Vaccination in Burma 1900-1911 - 1900-1911
Year: 1900
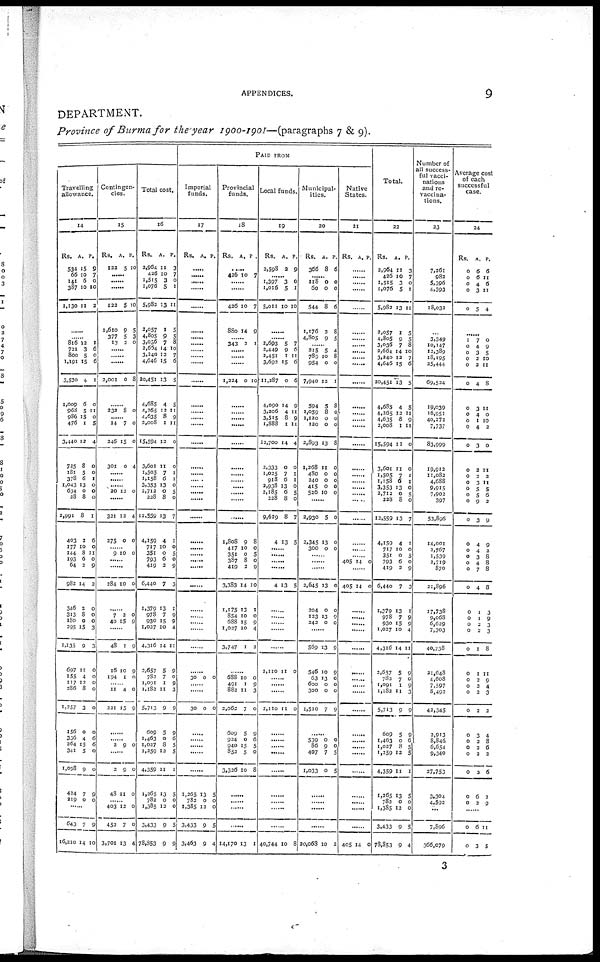
APPENDICES.
9
DEPARTMENT.
Province of Burma for the year 1900-1901—(paragraphs 7 & 9).
Travelling
allowance.
14
Rs.
534
66
141
387
1,130
A.
15
10
6
10
11
P.
0
7
0
10
2
......
......
816
721
800
1,191
3,530
1,009
968
986
476
3,440
725
181
378
1,043
634
28
2,991
403
177
144
193
64
982
346
313
180
295
1,135
697
155
117
286
1,257
156
336
264
341
1,098
424
219
12
3
5
15
4
6
5
15
1
12
8
5
6
13
0
8
8
2
10
8
6
2
14
2
8
0
15
9
11
4
12
8
3
0
4
15
5
9
7
0
1
6
0
6
1
0
11
0
5
4
0
0
1
0
0
0
1
6
0
11
0
9
2
0
0
0
3
3
0
0
0
0
0
0
6
6
0
0
9
0
......
643
16,210
7
14
9
10
Contingen-
cies.
15
Rs.
122
A.
5
P.
10
......
......
......
122
1,610
377
13
5
9
5
2
10
5
3
0
......
......
......
2,001 0 8
......
232 8 0
......
14
246
301
7
15
0
0
0
4
......
......
......
20 12 0
......
321
275
12
0
4
0
......
9 10 0
......
......
284 10 0
......
7
40
2
15
0
0
......
48
16
194
1
10
1
9
9
0
......
11
221
4
15
0
9
......
......
2 9 0
......
2
48
9
11
0
0
......
403
452
3,701
12
7
13
0
0
4
Total cost.
16
Rs.
2,964
426
1,515
1,076
5,982
2,057
4,805
3,036
2,664
3,240
4,646
20,451
4,685
4,265
4,635
2,008
15,594
3,601
1,505
1,158
3,353
2,712
228
12,559
4,159
717
351
793
419
6,440
1,379
978
930
1,027
4,316
2,657
782
1,091
1,182
5,713
609
1,463
1,027
1,259
4,359
1,265
782
1,385
3,433
78,853
A.
11
10
3
5
13
1
9
7
14
12
15
13
4
12
8
1
12
11
7
6
13
0
8
13
4
10
0
6
2
7
13
7
15
10
14
5
7
1
11
9
5
0
8
12
11
13
0
12
9
9
P.
3
7
0
1
11
5
5
8
10
7 6
5
5
11
9
11
0
0
1
1
0
5
0
7
1
0
5
0
9
3
1
9
9
4
11
9
0
9
3
9
9
6
5
5
1
5
0
0
5
9
PAID FROM
Imperial
funds.
17
Rs. A. P.
......
......
......
......
......
......
......
......
......
......
......
......
......
......
......
......
......
......
......
......
......
......
......
......
......
......
......
......
......
......
......
......
......
......
......
......
30 0 0
......
......
30 0 0
......
......
......
......
......
1,265
782
1,385
3,433
3,463
13
0
13
9
9
5
0
0
5
4
Provincial
funds.
18
Rs. A.
P.
......
426 10 7
......
......
426
880
10
14
7
9
......
343 2 1
......
......
......
1,224 0 10
......
......
......
......
......
......
......
......
......
......
......
......
1,808
417
351
387
419
3,383
1,175
854
688
1,027
3,747
9
10
0
8
2
14
13
10
15
10
1
8
0
5
0
9
10
1
0
9
4
2
......
688
491
882
2,062
609
924
940
852
3,326
10
1
11
7
5
0
15
5
10
0
9
3
0
9
6
5
0
8
......
......
......
......
14,170 13 1
Local funds.
19
Rs.
2,598
A.
2
P.
9
......
1,397
1,016
5,011
3
5
10
0
1
10
......
......
2,693
2,449
2,451
3,692
11,287
4,090
3,206
3,515
1,888
12,700
2,333
1,025
918
2,938
2,185
228
9,629
4
5
9
1
15
0
14
4
8
1
14
0
7
6
13
6
8
8
13
7
6
11
6
6
9
11
9
11
4
0
1
1
0
5
0
7
5
......
......
......
......
4 13 5
......
......
......
......
......
2,110 11 0
......
......
......
2,110 11 0
......
......
......
......
......
......
......
......
......
40,744 10 8
Municipal-
ities.
20
Rs.
366
A.
8
P.
6
......
118
60
544
1,176
4,805
0
0
8
3
9
0
0
6
8
5
......
215
789
954
7,940
594
1,059
1,120
120
2,893
1,268
480
240
415
526
5
10
0
12
5
8
0
0
13
11
0
0
0
10
4
8
0
1
8
0
0
0
8
0
0
0
0
0
......
2,930
2,345
300
5
13
0
0
0
0
......
......
......
2,645
204
123
242
13
0
13
0
0
0
9
0
......
569
546
63
600
300
1,510
13
10
13
0
0
7
9
9
0
0
0
9
......
539
86
407
1,033
0
9
7
0
0
0
5
5
......
......
......
......
20,068 10 2
Native
States.
21
Rs. A. P.
......
......
......
......
......
......
......
......
......
......
......
......
......
......
......
......
......
......
......
......
......
......
......
......
......
......
......
405 14 0
......
405 14 0
......
......
......
......
......
......
......
......
......
......
......
......
......
......
......
......
......
......
......
405 14 0
Total.
22
Rs.
2,964
426
1,515
1,076
5,982
2,057
4,805
3,036
2,664
3,240
4,646
20,451
4,685
4,265
4,635
2,008
15,594
3,601
1,505
1,158
3,353
2,712
228
12,559
4,159
717
351
793
419
6,440
1,379
978
930
1,027
4,316
2,657
782
1,091
1,182
5,713
609
1,463
1,027
1,259
4,359
1,265
782
1,385
3,433
78,853
A.
11
10
3
5
13
1
9
7
14
13
15
13
4
12
8
1
12
11
7
6
13
0
8
13
4
10
0
6
2
7
13
7
15
10
14
5
7
1
11
9
5
0
8
12
11
13
0
12
9
9
P.
3
7
0
1
11
5
5
8
10
7
6
5
5
11
9
11
0
0
1
1
0
5
0
7
1
0
5
0
9
3
1
9
9
4
11
9
0
9
3
9
9
6
5
5
1
5
0
0
5
4
Number of
all success-
ful vacci-
nations
and re-
vaccina-
tions.
23
7,261
982
5,396
4,393
18,032
...
3,349
10,147
12,389
18,195
25,444
69,524
19,039
16,951
40,272
7,737
83,999
19,912
11,082
4,688
9,915
7,902
397
53,896
14,001
2,767
1,539
2,719
870
21,896
17,738
9,068
6,629
7,303
40,738
21,648
4,608
7,597
8,492
42,345
2,913
8,846
6,654
9,340
27,753
3,304
4,592
......
7,896
366,079
Average cost
of each
successful
case.
24
Rs.
0
0 0
0
0
A.
6
6
4
3
5
P.
6
11
6
11
4
......
1
0
0 0
0
0
0
0
0
0
0
0
0
0
0
0
0
0
0
0
0
0
0
0
0
0
0
0
0
0
0
0
0
0
0
0
0
0
0
0
0
7
4
3
2
3
4
3
4
1
4
3
3
2
3
5
5
9
3
4
4
3
4
7
4
1
1
2
2
1
1
2
3
3
2
3
2
2
2
2
6
2
0
9
5
10
11
8
11
0
10
2
0
11
2
11
5
6
2
9
9
3
8
8
8
8
3
9
3
3
8
11
9
4
3
2
4
8
6
3
6
2
9
......
0
0
6
3
11
5
3